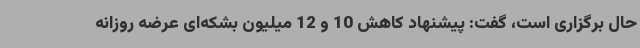
حال برگزاری است، گفت: پیشنهاد کاهش 10 و 12 میلیون بشکه‌ای عرضه روزانه